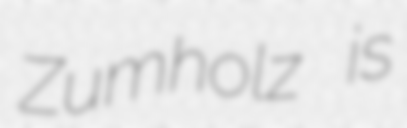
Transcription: Zumholz is